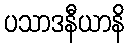
ပသာဒနီယာနိ